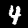
Label: 4